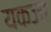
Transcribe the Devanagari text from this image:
यकजा